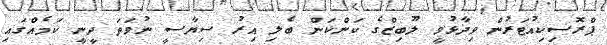
ޕްރޮސިކިއުޓަރުން ވިދާޅުވީ ލޫބިޒްގެ ކަންކަން ބެލި އިރު ސިޔާސީ ނުވަތަ ދީނީ ކަމެއްގައި